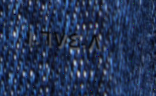
١٠٦٧٤٠٨